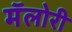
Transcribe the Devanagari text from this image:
मॅलोरी